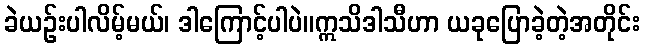
ခဲယဉ်းပါလိမ့်မယ်၊ ဒါကြောင့်ပါပဲ။ဣသိဒါသီဟာ ယခုပြောခဲ့တဲ့အတိုင်း